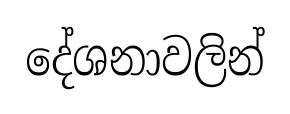
දේශනාවලින්